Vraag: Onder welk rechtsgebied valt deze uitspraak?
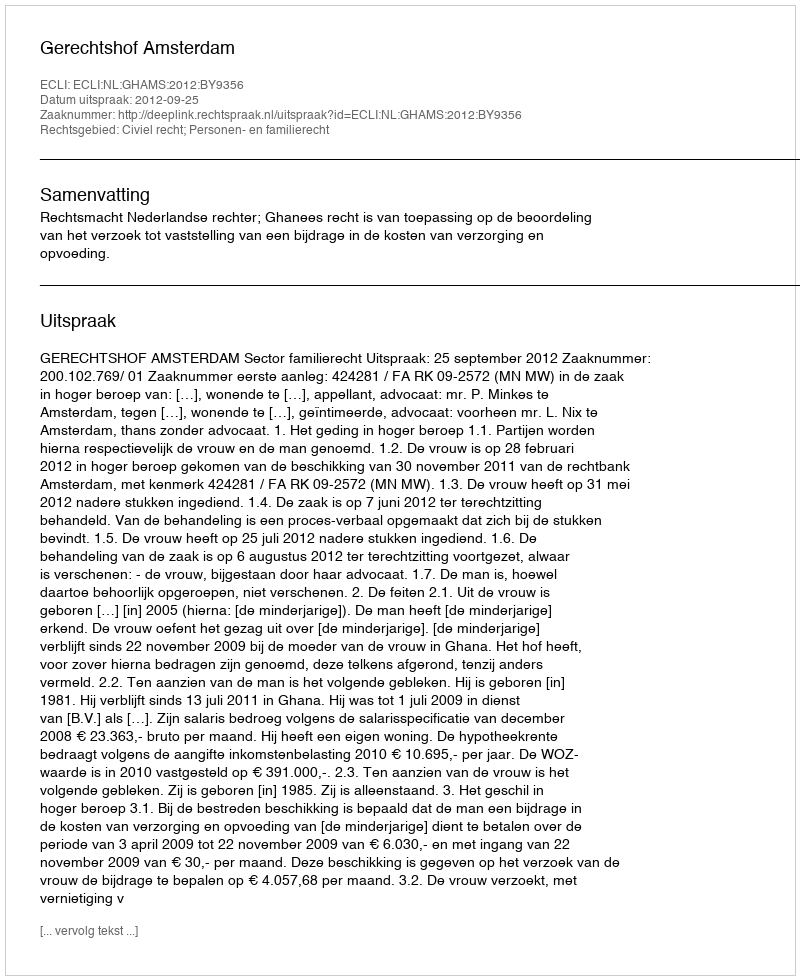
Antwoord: Civiel recht; Personen- en familierecht